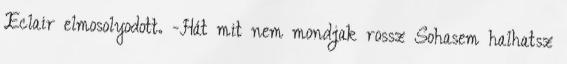
Eclair elmosolyodott. -Hát mit nem mondjak rossz Sohasem halhatsz